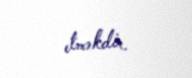
etməkdir.